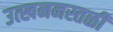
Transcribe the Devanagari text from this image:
उत्खननस्तळी